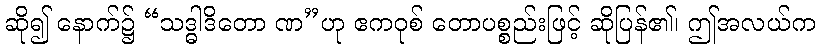
ဆို၍ နောက်၌ “သဒ္ဓါဒိတော ဏ”ဟု ဧကဝုစ် တောပစ္စည်းဖြင့် ဆိုပြန်၏၊ ဤအလယ်က